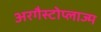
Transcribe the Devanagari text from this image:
अरगैस्टोप्लाज्म